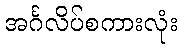
အင်္ဂလိပ်စကားလုံး